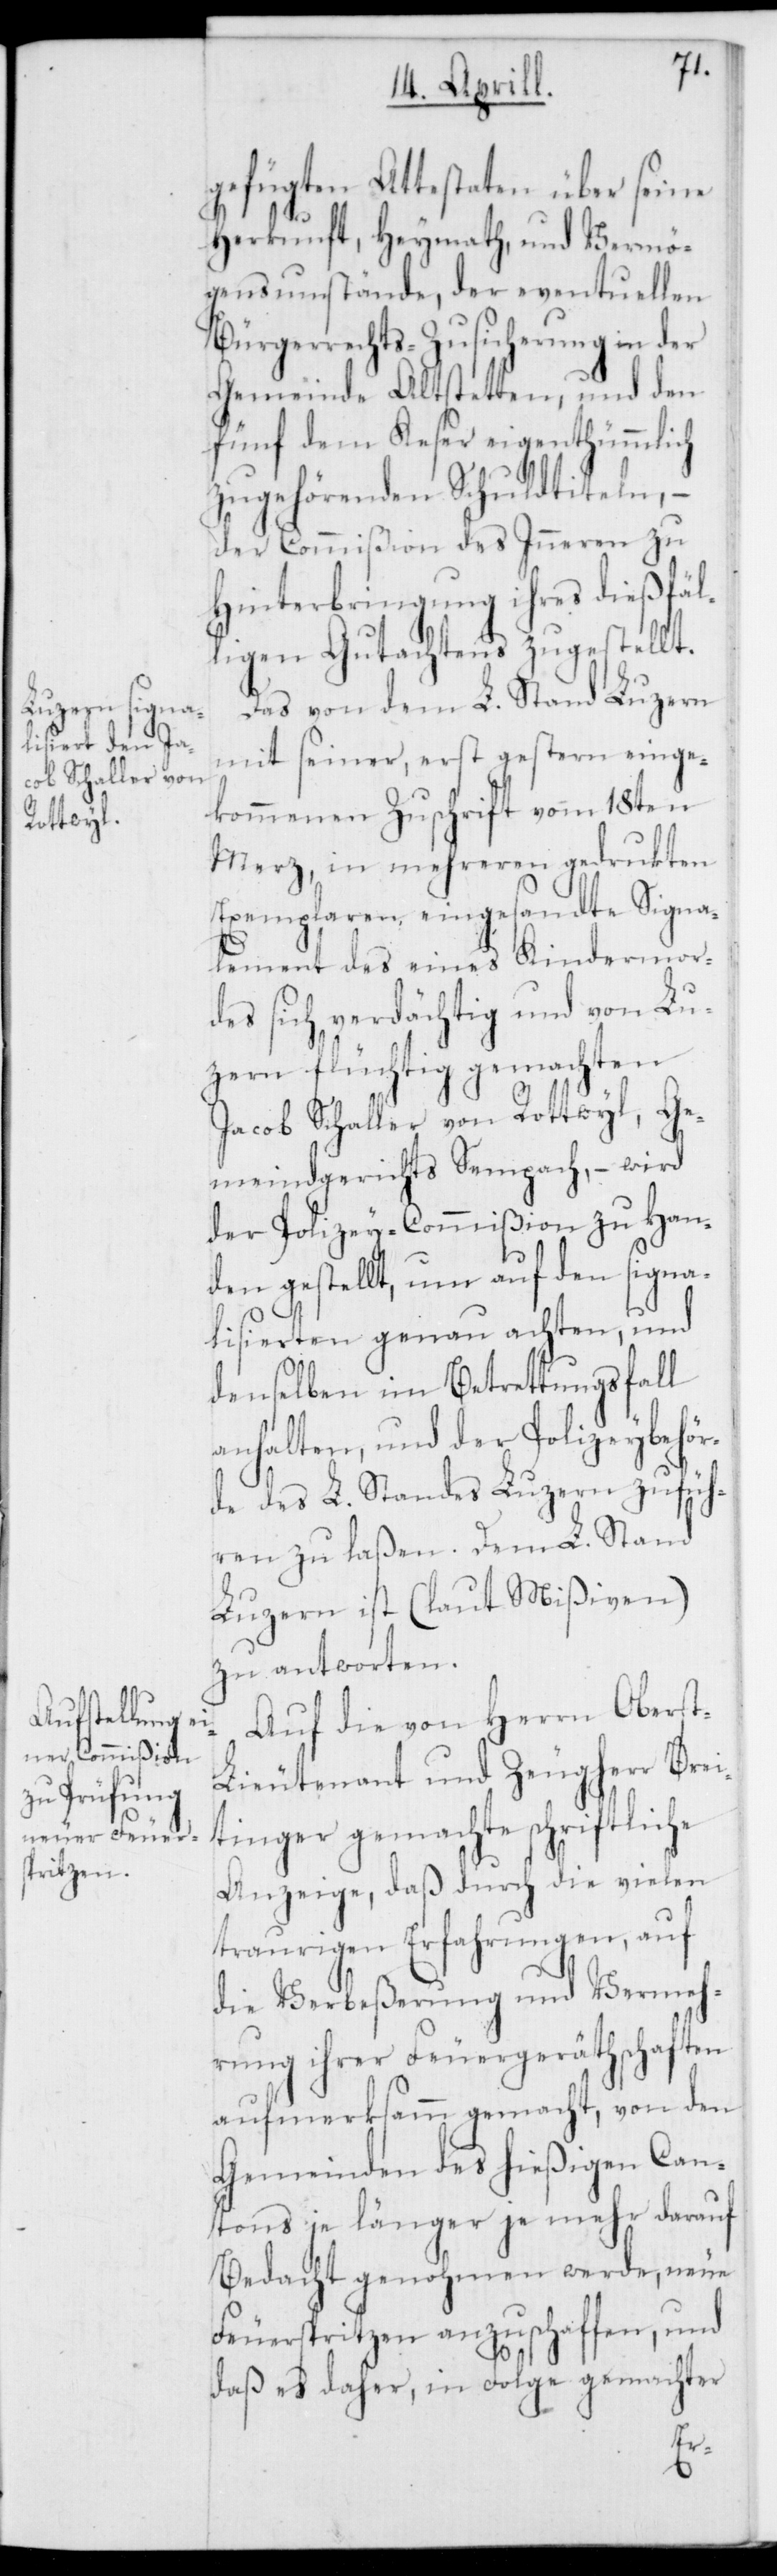
gefügten Attestaten über seine
Herkunft, Heymath, und Vermö¬
gensumstände, der eventuellen
Bürgerrechts-Zusicherung in der
Gemeinde Altstetten, und den
fünf dem Keser eigenthümlich
zugehörenden Schuldtiteln, –
der Commißion des Inneren zu
Hinterbringung ihres dießfäl¬
ligen Gutachtens zugestellt.
Das von dem L. Stand Luzern
mit seiner, erst gestern einge¬
kommenen Zuschrift vom 18ten
Merz, in mehreren gedruckten
Exemplaren eingesandte Signa¬
lement des eines Kindermor¬
des sich verdächtig und von Lu¬
zern flüchtig gemachten
Jacob Schaller von Rottwyl, Ge¬
meindgerichts Sempach, – wird
der Polizey-Commißion zu Han¬
den gestellt, um auf den Signa¬
lisierten genau achten, und
denselben im Betrettungsfall
anhalten, und der Polizeybehör¬
de des L. Standes Luzern zufüh¬
ren zu laßen. Dem L. Stand
Luzern ist (laut Mißiven)
zu antworten.
Auf die von Herrn Obers¬
t-Lieutenant und Zeugherr Brei¬
tinger gemachte schriftliche
Anzeige, daß durch die vielen
traurigen Erfahrungen, auf
die Verbeßerung und Vermeh¬
rung ihrer Feuergeräthschaften
aufmerksamm gemacht, von den
Gemeinden des hießigen Can¬
tons je länger je mehr darauf
Bedacht genohmen werde, neue
Feuerspritzen anzuschaffen, und
daß es daher, in Folge gemachter